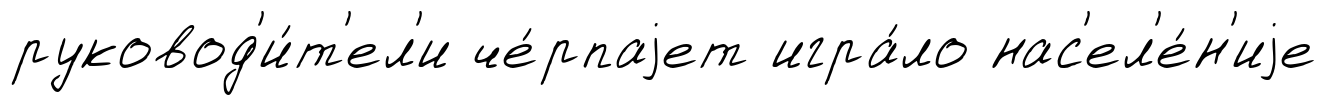
руковод'и́т'ел'и че́рпаjет игра́ло нас'ел'е́н'иjе